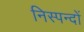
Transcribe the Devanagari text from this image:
निस्पन्दों